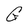
Character: G